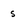
Character: s